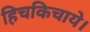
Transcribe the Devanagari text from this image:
हिचकिचाये।